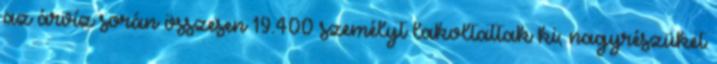
az árvíz során összesen 19.400 személyt lakoltattak ki; nagyrészüket